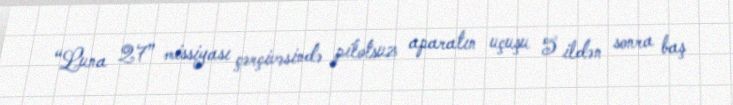
“Luna 27” missiyası çərçivəsində pilotsuz aparatın uçuşu 5 ildən sonra baş